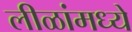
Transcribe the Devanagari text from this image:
लीळांमध्ये